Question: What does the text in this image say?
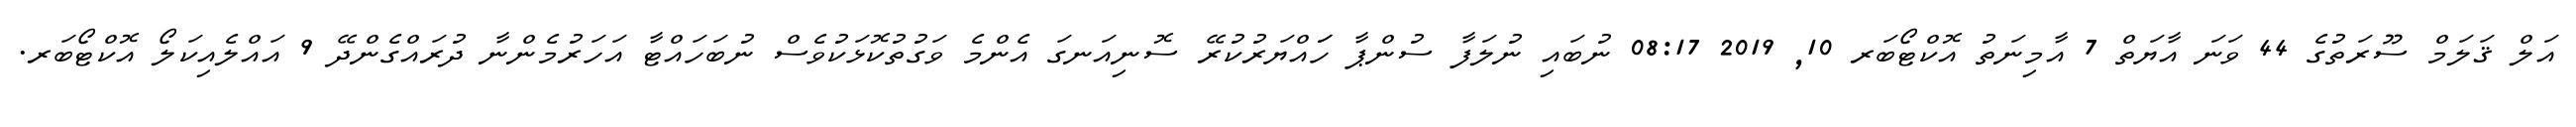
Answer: އަލް ޤަލަމް ސޫރަތުގެ 44 ވަނަ އާޔަތް 7 އާމިނަތު އޮކްޓޯބަރ 10, 2019 08:17 ނުބައި ނުލަފާ ސުންޕާ ހަައްޔަރުކުރޭ ސޮނިއަނގަ އެންމެ ވަގުތުކޮޅަކުވެސް ނުބަހައްޓާ އަހަރުމެންނާ ދުރައްގެންދޭ 9 އައްލެއިކަލޯ އޮކްޓޯބަރ.